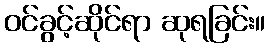
ဝင်ခွင့်ဆိုင်ရာ ဆုရခြင်း။